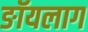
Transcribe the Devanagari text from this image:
ङॉयलाग